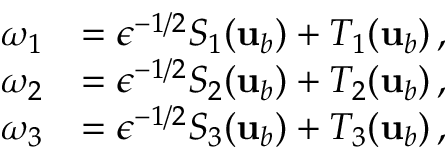
\begin{array} { r l } { \omega _ { 1 } } & { = \epsilon ^ { - 1 / 2 } S _ { 1 } ( { \mathbf { u } } _ { b } ) + T _ { 1 } ( { \mathbf { u } } _ { b } ) \, , } \\ { \omega _ { 2 } } & { = \epsilon ^ { - 1 / 2 } S _ { 2 } ( { \mathbf { u } } _ { b } ) + T _ { 2 } ( { \mathbf { u } } _ { b } ) \, , } \\ { \omega _ { 3 } } & { = \epsilon ^ { - 1 / 2 } S _ { 3 } ( { \mathbf { u } } _ { b } ) + T _ { 3 } ( { \mathbf { u } } _ { b } ) \, , } \end{array}